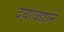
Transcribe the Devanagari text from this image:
दर्यावर्द्याने